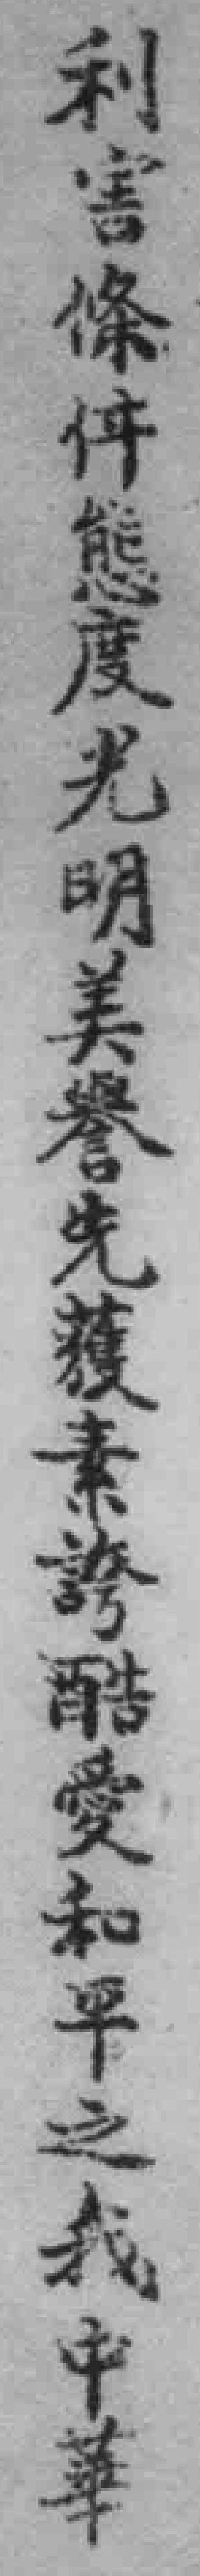
利害條件態度光明美譽先獲素誇酷愛和平之我中華